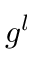
g ^ { l }